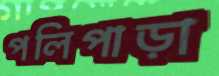
পলিপাড়া